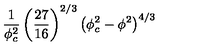
\frac { 1 } { \phi _ { c } ^ { 2 } } \left( \frac { 2 7 } { 1 6 } \right) ^ { 2 / 3 } \left( \phi _ { c } ^ { 2 } - \phi ^ { 2 } \right) ^ { 4 / 3 }